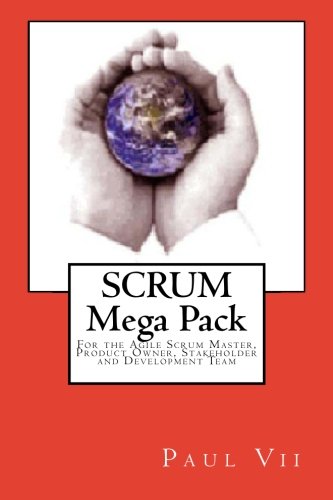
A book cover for Scrum, (Mega Pack), For the Agile Scrum Master, Product Owner, Stakeholder and Development Team; Paul Vii; Computers & Technology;